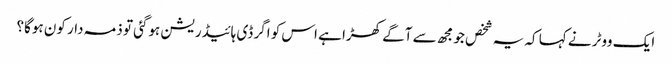
ایک ووٹر نے کہا کہ یہ شخص جو مجھ سے آگے کھڑا ہے اس کو اگر ڈی ہائیڈریشن ہوگئی تو ذمہ دار کون ہوگا؟